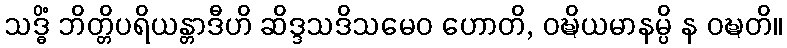
သဒ္ဓိံ ဘိတ္တိပရိယန္တာဒီဟိ ဆိဒ္ဒသဒိသမေဝ ဟောတိ, ဝဍ္ဎိယမာနမ္ပိ န ဝဍ္ဎတိ။